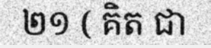
២១ ( គិត ជា